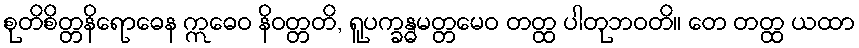
စုတိစိတ္တနိရောဓေန ဣဓေဝ နိဝတ္တတိ, ရူပက္ခန္ဓမတ္တမေဝ တတ္ထ ပါတုဘဝတိ။ တေ တတ္ထ ယထာ